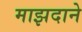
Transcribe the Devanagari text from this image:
माझदाने